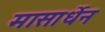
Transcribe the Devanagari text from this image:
मासार्धेन